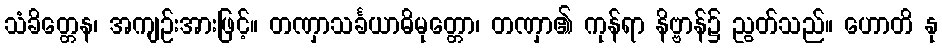
သံခိတ္တေန၊ အကျဉ်းအားဖြင့်။ တဏှာသင်္ခယာဓိမုတ္တော၊ တဏှာ၏ ကုန်ရာ နိဗ္ဗာန်၌ ညွတ်သည်။ ဟောတိ နု